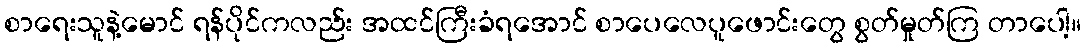
စာရေးသူနဲ့မောင် ရန်ပိုင်ကလည်း အထင်ကြီးခံရအောင် စာပေလေပူဖောင်းတွေ စွတ်မှုတ်ကြ တာပေါ့။